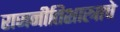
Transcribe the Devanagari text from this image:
राजनीतिशास्त्राचे